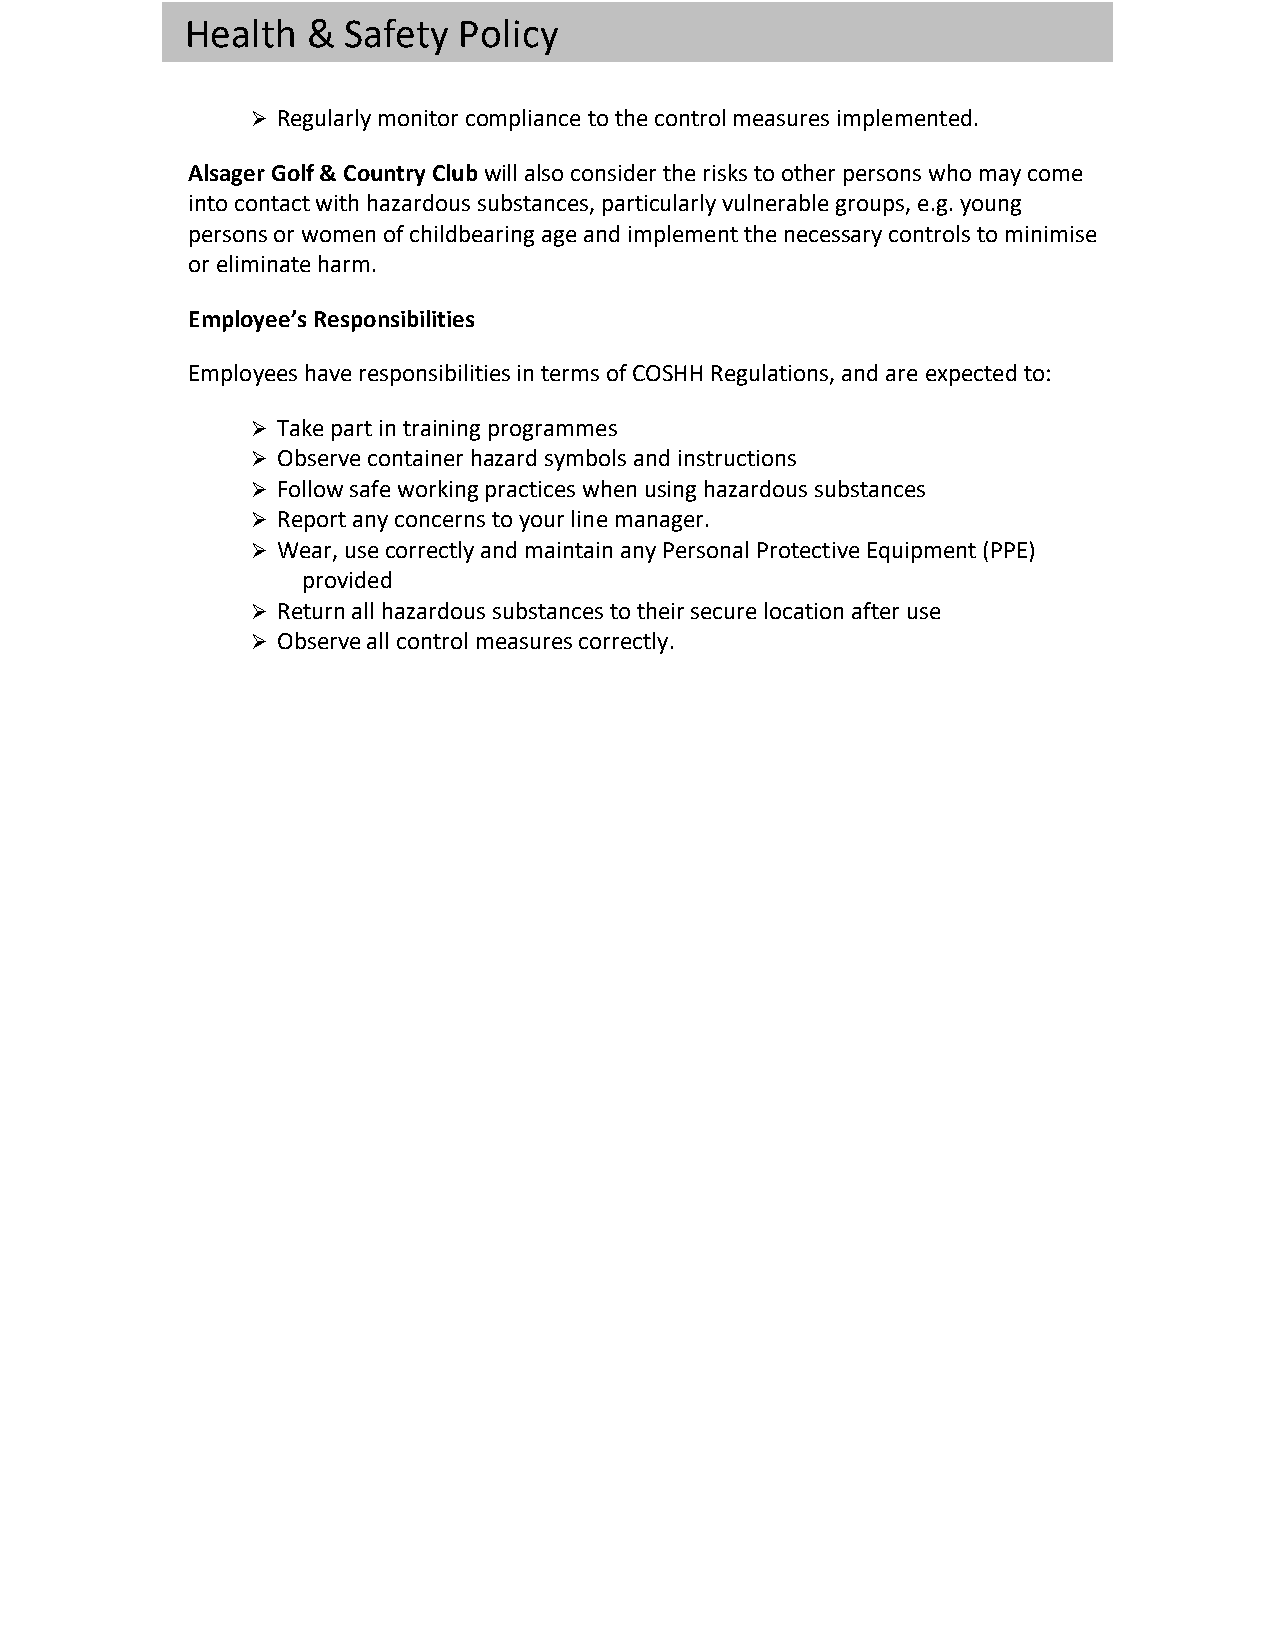
Health  &  Safety Policy
 Ø Regularly monitor compliance to the control measures implemented.
 Alsager Golf & Country Club will also consider the risks to other persons who may come
 into contact with hazardous substances, particularly vulnerable groups, e.g. young
 persons or women of childbearing age and implement the necessary controls to minimise
 or eliminate harm.
 Employee’s Responsibilities
 Employees have responsibilities in terms of COSHH Regulations, and are expected to:
 Ø Take part in training programmes
 Ø Observe container hazard symbols and instructions
 Ø Follow safe working practices when using hazardous substances
 Ø Report any concerns to your line manager.
 Ø Wear, use correctly and maintain any Personal Protective Equipment (PPE)
 provided
 Ø Return all hazardous substances to their secure location after use
 Ø Observe all control measures correctly.